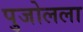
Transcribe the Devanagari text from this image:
पुजोलला